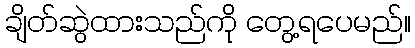
ချိတ်ဆွဲထားသည်ကို တွေ့ရပေမည်။